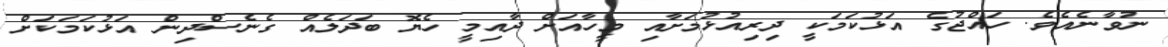
ނުވާނެއެވެ. ހައްޖުގެ އަޅުކަމަކީ ދިރިއުޅުމަށާއި މީހާއަށް ދާއިމީ ހެޔޮ ބަދަލެއް ގެނެސްދިން އަޅުކަމަކަށް